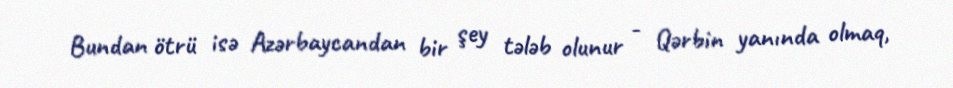
Bundan ötrü isə Azərbaycandan bir şey tələb olunur - Qərbin yanında olmaq,